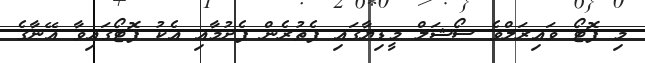
މި ފޮޓޯ ވައިރަލްވެ ސޯޝަލް މީޑިޔާގައި ފެތުރެން ފެށުމާއި އެކު ފޮޓޯގައިވާ އޭނާގެ